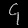
Digit: ၄